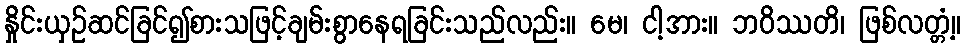
နှိုင်းယှဉ်ဆင်ခြင်၍စားသဖြင့်ချမ်းစွာနေရခြင်းသည်လည်း။ မေ၊ ငါ့အား။ ဘဝိဿတိ၊ ဖြစ်လတ္တံ့။